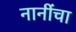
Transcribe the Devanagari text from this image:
नानींचा